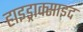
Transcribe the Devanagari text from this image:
हाइड्राक्साइद